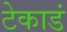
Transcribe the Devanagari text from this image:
टेकाडं